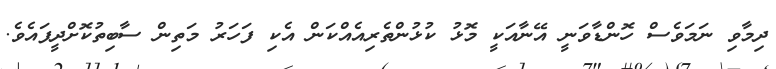
ދިމާވި ނަމަވެސް ހޮންޑާވަނީ އޭނާއަކީ މޮޅު ކުޅުންތެރިއެއްކަން އެކި ފަހަރު މަތިން ސާބިތުކޮށްދީފައެވެ.